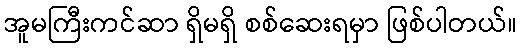
အူမကြီးကင်ဆာ ရှိမရှိ စစ်ဆေးရမှာ ဖြစ်ပါတယ်။